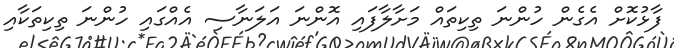
ފާޅުކޮށް އެގެން ހުންނަ ތިކިތައް މަށާލާފައި އޮންނަ އަލަނާސި އެއްގައި ހުންނަ ތިކިތަކާއި